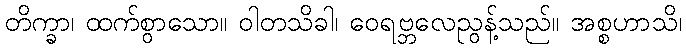
တိက္ခာ၊ ထက်စွာသော။ ဝါတသိခါ၊ ဝေရဗ္ဘလေညွန့်သည်။ အစ္စဟာသိ၊